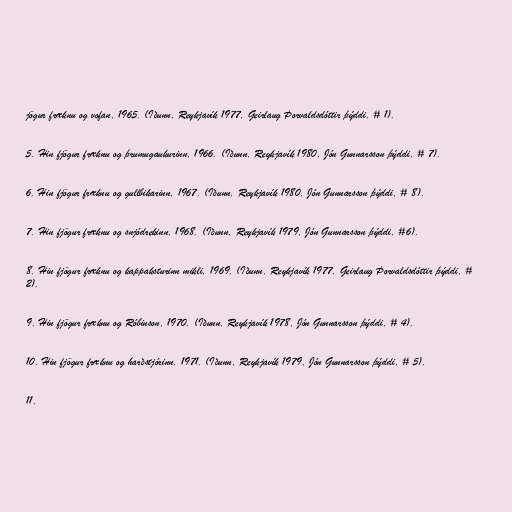
jögur fræknu og vofan, 1965. (Iðunn, Reykjavík 1977, Geirlaug Þorvaldsdóttir þýddi, # 1).

5. Hin fjögur fræknu og þrumugaukurinn, 1966. (Iðunn, Reykjavík 1980, Jón Gunnarsson þýddi, # 7).

6. Hin fjögur fræknu og gullbikarinn, 1967. (Iðunn, Reykjavík 1980, Jón Gunnarsson þýddi, # 8).

7. Hin fjögur fræknu og snjódrekinn, 1968. (Iðunn, Reykjavík 1979, Jón Gunnarsson þýddi, #6).

8. Hin fjögur fræknu og kappaksturinn mikli, 1969. (Iðunn, Reykjavík 1977, Geirlaug Þorvaldsdóttir þýddi, #
2).

9. Hin fjögur fræknu og Róbinson, 1970. (Iðunn, Reykjavík 1978, Jón Gunnarsson þýddi, # 4).

10. Hin fjögur fræknu og harðstjórinn, 1971. (Iðunn, Reykjavík 1979, Jón Gunnarsson þýddi, # 5).

11.